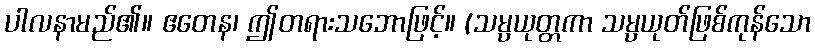
ပါလနာမည်၏။ ဧတေန၊ ဤတရားသဘောဖြင့်။ (သမ္ပယုတ္တကာ သမ္ပယုတ်ဖြစ်ကုန်သော